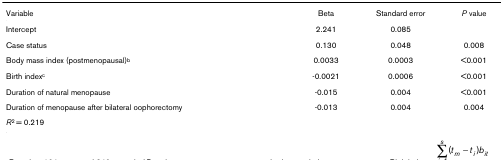
<table><thead><tr><td><b>Variable</b></td><td><b>Beta</b></td><td><b>Standard error</b></td><td><b><i>P </i>value</b></td></tr></thead><tbody><tr><td>Intercept</td><td>2.241</td><td>0.085</td><td></td></tr><tr><td>Case status</td><td>0.130</td><td>0.048</td><td>0.008</td></tr><tr><td>Body mass index (postmenopausal)<sup>b</sup></td><td>0.0033</td><td>0.0003</td><td>&lt;0.001</td></tr><tr><td>Birth index<sup>c</sup></td><td>-0.0021</td><td>0.0006</td><td>&lt;0.001</td></tr><tr><td>Duration of natural menopause</td><td>-0.015</td><td>0.004</td><td>&lt;0.001</td></tr><tr><td>Duration of menopause after bilateral oophorectomy</td><td>-0.013</td><td>0.004</td><td>0.004</td></tr><tr><td><i>R</i><sup>2 </sup>= 0.219</td><td></td><td></td><td></td></tr></tbody></table>